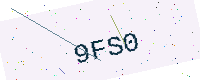
Text: 9FS0